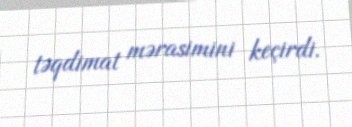
təqdimat mərasimini keçirdi.